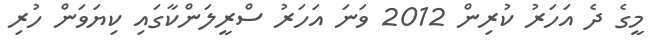
މީގެ ދެ އަހަރު ކުރިން 2012 ވަނަ އަހަރު ސްރީލަންކާގައި ކިޔަވަން ހުރި